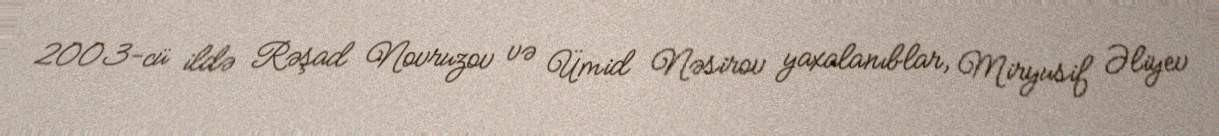
2003-cü ildə Rəşad Novruzov və Ümid Nəsirov yaxalanıblar, Miryusif Əliyev